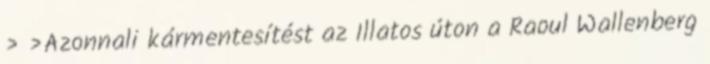
› ›Azonnali kármentesítést az Illatos úton a Raoul Wallenberg